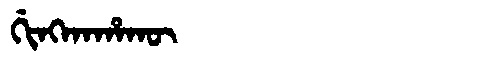
Manchu: ᡤᡳᠩᡴᠠᡥᠠᡴᡡ
Romanization: GINGKAHAKŪ